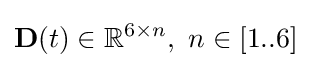
\mathbf {D} (t)\in \mathbb {R} ^{6\times n},~n\in [1..6]